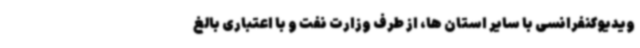
ویدیوکنفرانسی با سایر استان ها، از طرف وزارت نفت و با اعتباری بالغ